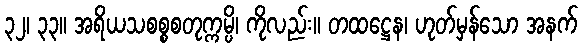
၃၂၊ ၃၃။ အရိယသစစ္စစတုက္ကမ္ပိ၊ ကိုလည်း။ တထဋ္ဌေန၊ ဟုတ်မှန်သော အနက်